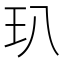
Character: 玐